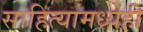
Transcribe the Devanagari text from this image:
साहित्यामध्येही